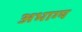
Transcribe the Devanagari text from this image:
अभाग्य